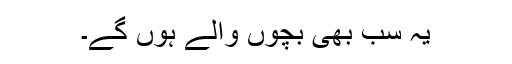
یہ سب بھی بچوں والے ہوں گے۔